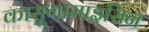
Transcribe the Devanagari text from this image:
कासूगामाइसिन